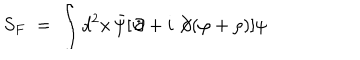
S _ { F } \; = \; \int d ^ { 2 } x \, { \bar { \psi } } [ \not \! \partial + i \not \! \partial ( \varphi + \rho ) ] \psi